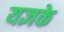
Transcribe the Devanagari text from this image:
यज्ञके